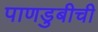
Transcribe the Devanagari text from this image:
पाणडुबीची